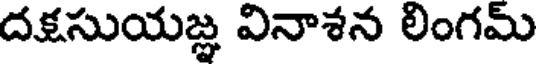
దక్షసుయజ్ఞ వినాశన లింగమ్